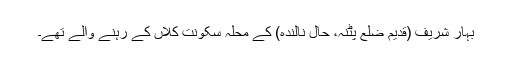
بہار شریف (قدیم ضلع پٹنہ، حال نالندہ) کے محلہ سکونت کلاں کے رہنے والے تھے۔